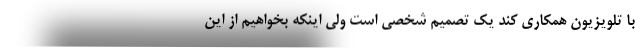
با تلویزیون همکاری کند یک تصمیم شخصی است ولی اینکه بخواهیم از این